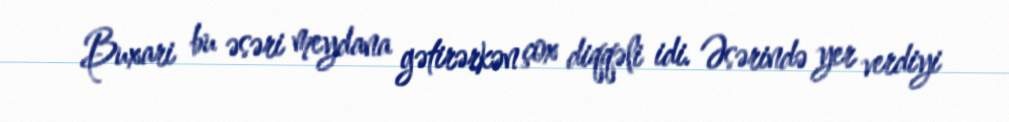
Buxari bu əsəri meydana gətirərkən çox diqqəli idi. Əsərində yer verdiyi